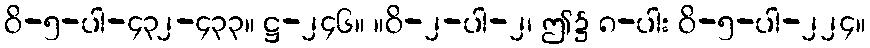
ဝိ-၅-ပါ-၄၃၂-၄၃၃။ ဋ္ဌ-၂၄၆။ ။ဝိ-၂-ပါ-၂၊ ဤ၌ ၈-ပါး ဝိ-၅-ပါ-၂၂၄။